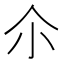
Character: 尒